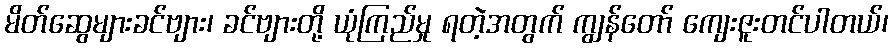
မိတ်ဆွေများခင်ဗျား၊ ခင်ဗျားတို့ ယုံကြည်မှု ရတဲ့အတွက် ကျွန်တော် ကျေးဇူးတင်ပါတယ်၊